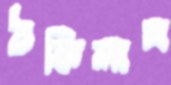
ঠকিলাম